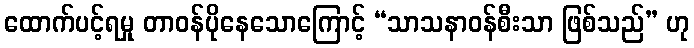
ထောက်ပင့်ရမှု တာဝန်ပိုနေသောကြောင့် “သာသနာဝန်စီးသာ ဖြစ်သည်” ဟု